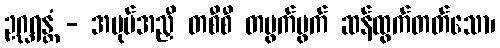
ဥဂ္ဃရန္တံ - အပုပ်အညှီ တစီစီ တပွက်ပွက် ဆန်ထွက်တတ်သော၊